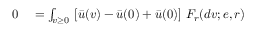
\begin{array} { r l } { 0 } & { { } = \int _ { v \geq 0 } \, \left[ \bar { u } ( v ) - \bar { u } ( 0 ) + \bar { u } ( 0 ) \right] \, F _ { r } ( d v ; e , r ) } \end{array}